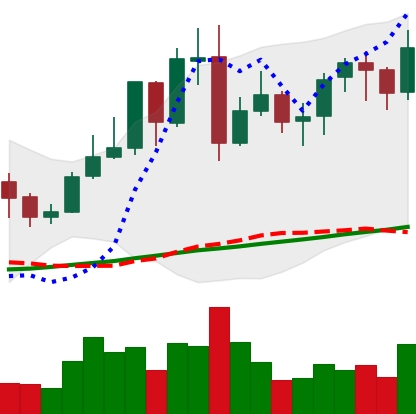
Ticker: LINK-USD
Chart end date: 2021-11-05
Forward return: 4.328%
Label: up_3_5